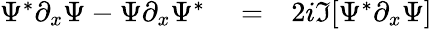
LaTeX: \begin{array}{rlr}{\Psi^{*}\partial_{x}\Psi-\Psi\partial_{x}\Psi^{*}}&{{}=}&{2i\Im[\Psi^{*}\partial_{x}\Psi]}\end{array}